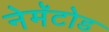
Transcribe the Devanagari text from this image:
नेमॅटोड